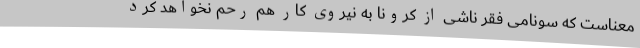
معناست که سونامی فقر ناشی از کرونا به نیروی کار هم رحم نخواهد کرد